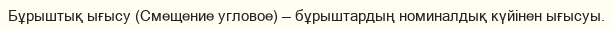
Бұрыштық ығысу (Смещение угловое) — бұрыштардың номиналдық күйінен ығысуы.